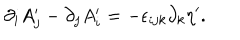
\partial _ { i } A _ { j } ^ { \prime } - \partial _ { j } A _ { i } ^ { \prime } = - \epsilon _ { i j k } \partial _ { k } \eta ^ { \prime } .